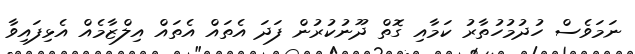
ނަމަވެސް ހުދުމުހުތާރު ކަމާއި ގޮތް ދޫނުކުރުން ފަދަ އެތައް އެތައް އިލްޒާމެއް އެޅިފައިވާ